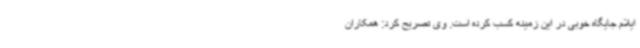
ایلام جایگاه خوبی در این زمینه کسب کرده است. وی تصریح کرد: همکاران